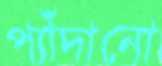
প্যাঁদানো